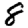
Digit: 8